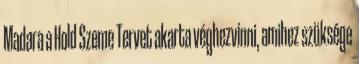
Madara a Hold Szeme Tervet akarta véghezvinni, amihez szüksége